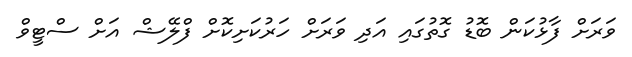
ވަރަށް ފާޅުކަން ބޮޑު ގޮތުގައި އަދި ވަރަށް ހަރުކަށިކޮށް ފްލޭޝް އަށް ސްޓީވް